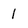
Character: 1